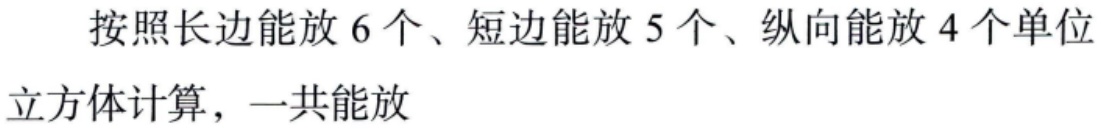
按照长边能放 6 个、短边能放 5 个、纵向能放 4 个单位
立方体计算，一共能放